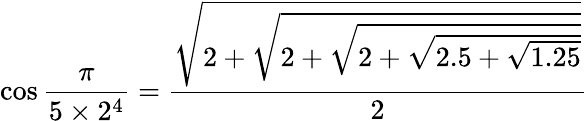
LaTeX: \cos{\frac{\pi}{5\times 2^{4}}}={\frac{\sqrt{2+{\sqrt{2+{\sqrt{2+{\sqrt{2.5+{\sqrt{1.25}}}}}}}}}}{2}}